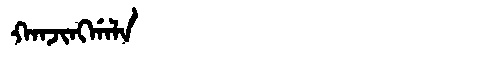
Manchu: ᡴᠠᠨᠵᡳᠩᡤᠠᠯᠠ
Romanization: KANJINGGALA